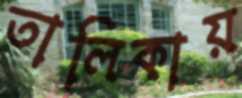
তালিকায়